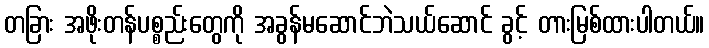
တခြား အဖိုးတန်ပစ္စည်းတွေကို အခွန်မဆောင်ဘဲသယ်ဆောင် ခွင့် တားမြစ်ထားပါတယ်။